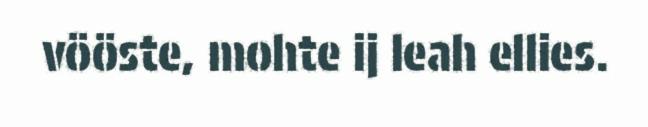
vööste, mohte ij leah ellies.